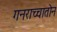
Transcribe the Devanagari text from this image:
गनराच्चातोन